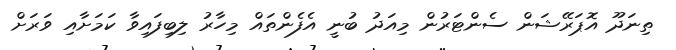
ތިނަދޫ އޮޕަރޭޝަން ސެންޓަރުން މިއަދު ބުނީ އެފެންތައް މިހާރު ލިބިފައިވާ ކަމަށާއި ވަރަށް